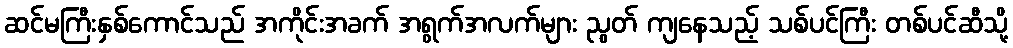
ဆင်မကြီးနှစ်ကောင်သည် အကိုင်းအခက် အရွက်အလက်များ ညွတ် ကျနေသည့် သစ်ပင်ကြီး တစ်ပင်ဆီသို့